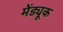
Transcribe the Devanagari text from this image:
मेंड्यूक